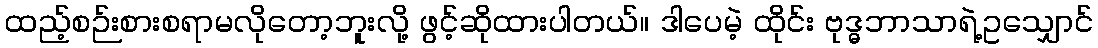
ထည့်စဉ်းစားစရာမလိုတော့ဘူးလို့ ဖွင့်ဆိုထားပါတယ်။ ဒါပေမဲ့ ထိုင်း ဗုဒ္ဓဘာသာရဲ့ဥသျှောင်